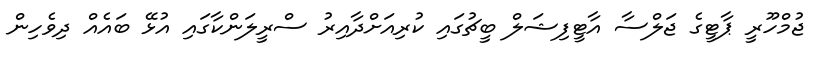
ޖުމްހޫރީ ޕާޓީގެ ޖަލްސާ އާޓީފިޝަލް ބީޗުގައި ކުރިއަށްދާއިރު ސްރީލަންކާގައި އުޅޭ ބައެއް ދިވެހިން